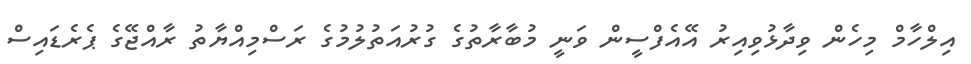
އިލްހާމް މިހެން ވިދާޅުވިއިރު އޭއެފްސީން ވަނީ މުބާރާތުގެ ގުރުއަތުލުމުގެ ރަސްމިއްޔާތު ރާއްޖޭގެ ޕެރެޑައިސް